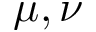
\mu , \nu